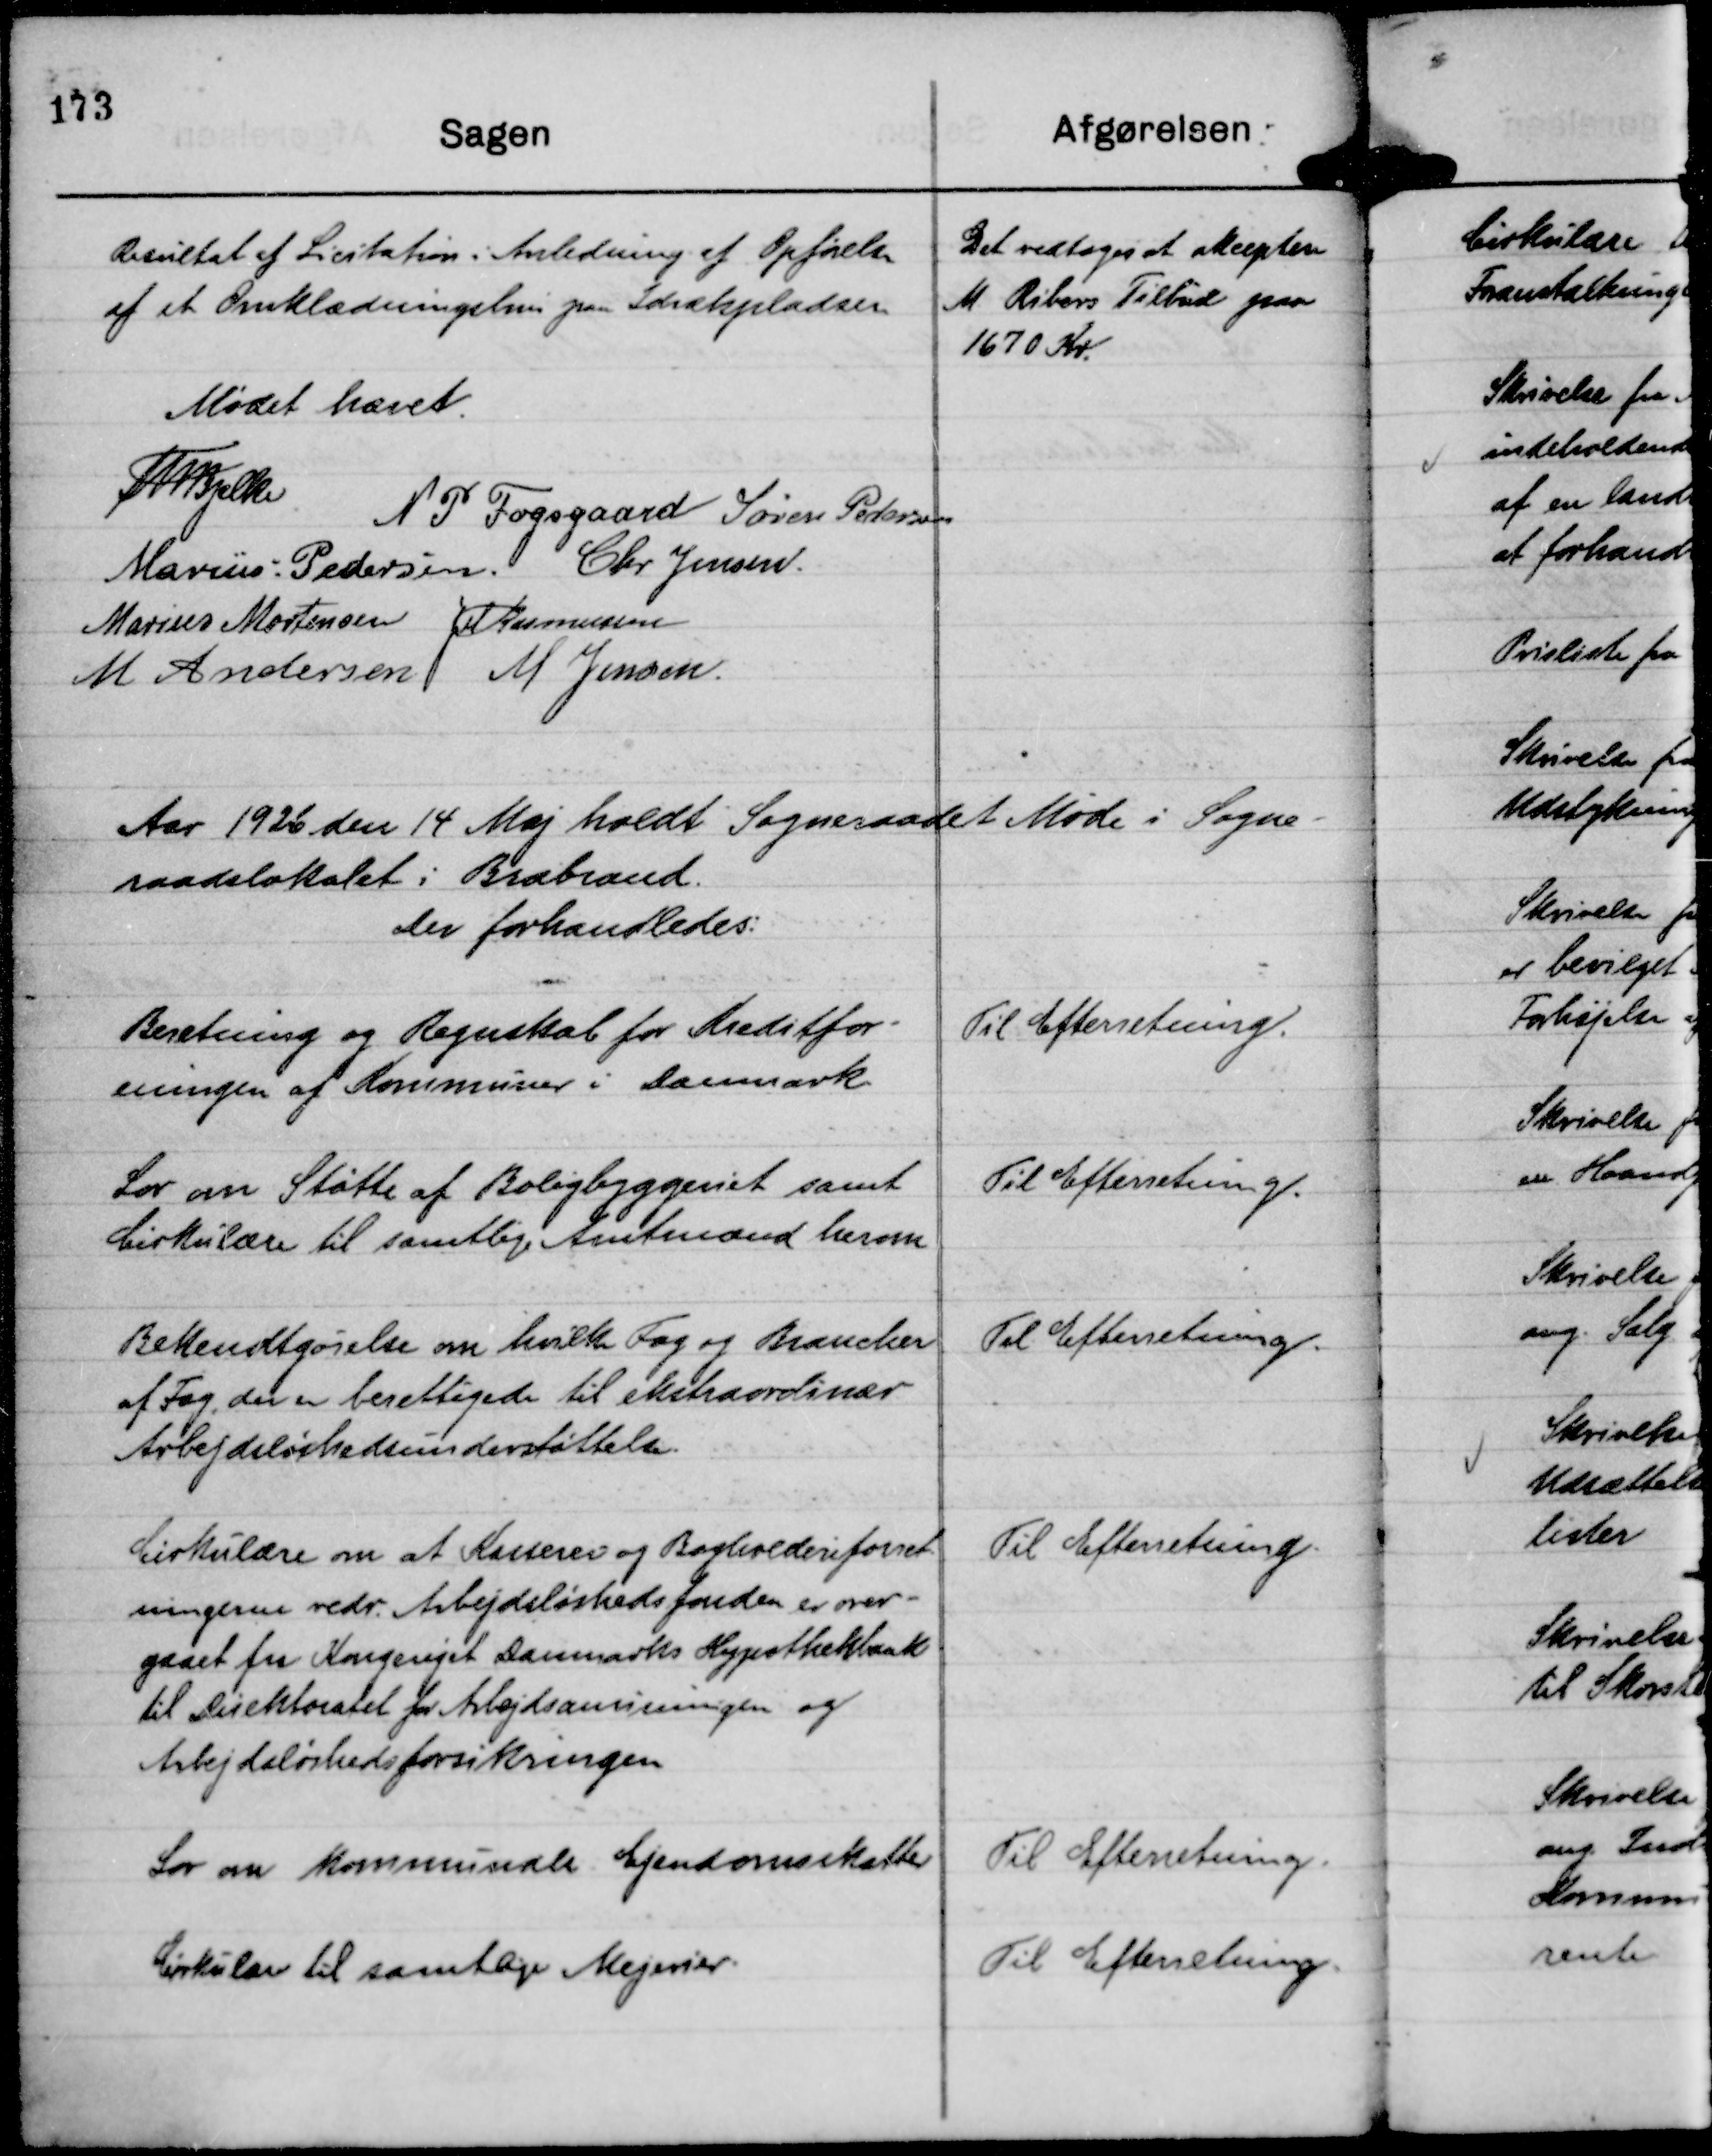
Transskription:
Resultat af Licitation i Anledning af Opførelse
af et Omklædningshus paa Idrætspladsen

Det vedtoges at akceptere
M. Ribers Tilbud paa
1670 Kr.

Mødet hævet.
Th Bjelke
N P Fogsgaard
Søren Pedersen
Marius Pedersen.
Chr Jensen.
Marius Mortensen
JM Rasmussen
M Andersen
M Jensen

Aar 1926 den 14 Maj holdt Sogneraadet Møde i Sogne-
raadslokalet i Brabrand.
Der forhandledes:

Beretning og Regnskab for Kreditfor-
eningen af Kommuner i Danmark

Til Efterretning.

Lov om Støtte af Boligbyggeriet samt
Cirkulære til samtlige Amtmænd herom

Til Efterretning.

Bekendtgørelse om hvilke Fag og Brancher
af Fag, der er berettigede til ekstraordinær
Arbejdsløshedsunderstøttelse.

Til Efterretning.

Cirkulære om at Kasserer og Bogholderiforret-
ningerne vedr. Arbejdsløshedsfonden er over-
gaaet fra Kongeriget Danmarks Hypotheksbank
til Direktoratet for Arbejdsanvisningen og
Arbejdsløshedsforsikringen

Til Efterretning.

Lov om kommunale Ejendomsskatter

Til Efterretning.

Cirkulære til samtlige Mejerier.

Til Efterretning.